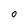
Character: o